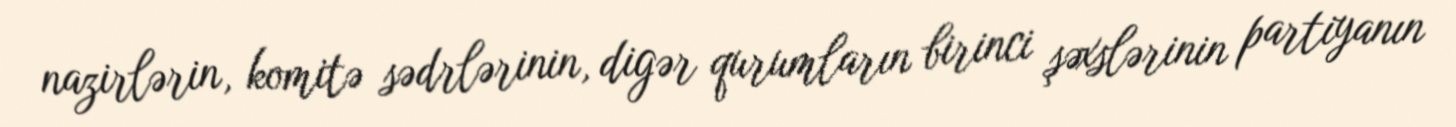
nazirlərin, komitə sədrlərinin, digər qurumların birinci şəxslərinin partiyanın